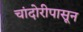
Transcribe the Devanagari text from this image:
चांदोरीपासून